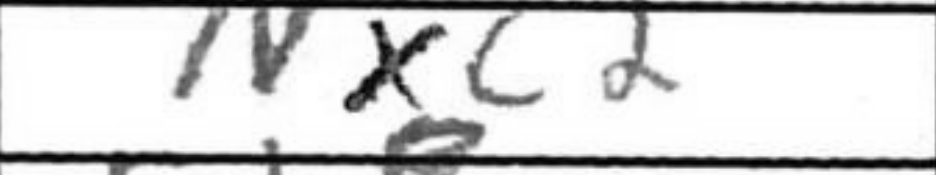
Transcription: Nxc2